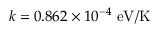
k = 0 . 8 6 2 \times 1 0 ^ { - 4 } ~ \mathrm { e V / K }